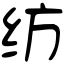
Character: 纺